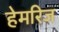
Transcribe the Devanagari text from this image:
हेमरिज